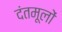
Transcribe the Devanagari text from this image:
दंतमूलों